Report on sanitation, dispensaries, and jails in Rajputana for 1920, and on vaccination for the year 1920-1921 - 1920-1921
Year: 1920
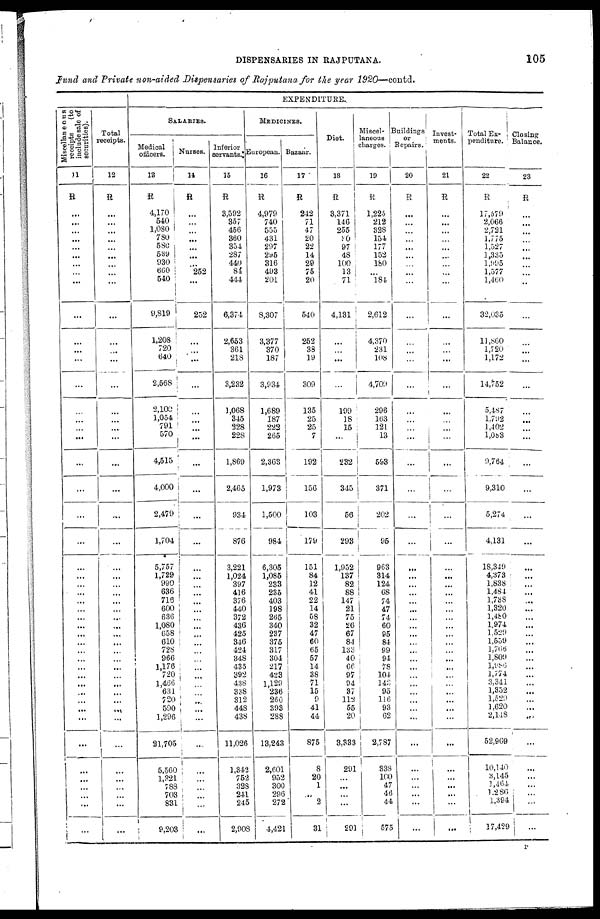
DISPENSARIES IN RAJPUTANA.
105
Fund and Private non-aided Dispensaries of Rajputana for the year 1920—contd.
Miscellaneous
receipts
(to
include sale of
securities).
11
R
...
...
...
...
...
...
...
...
...
...
...
...
...
...
...
...
...
...
...
...
...
...
...
...
...
...
...
...
...
...
...
...
...
...
...
...
...
...
...
...
...
...
...
...
...
...
...
...
Total
receipts.
12
R
...
...
...
...
...
...
...
...
...
...
...
...
...
...
...
...
...
...
...
...
...
...
...
...
...
...
...
...
...
...
...
...
...
...
...
...
...
...
...
...
...
...
...
...
...
...
...
...
EXPENDITURE.
SALARIES.
Medical
officers.
13
R
4,170
540
1,080
780
580
539
930
660
540
9,819
1,208
720
640
2,568
2,100
1,054
791
570
4,515
4,000
2,479
1,704
5,757
1,729
990
636
716
600
636
1,080
658
610
728
966
1,176
720
1,466
631
720
590
1,296
21,705
5,560
1,321
788
703
831
9,203
Nurses.
14
R
...
...
...
...
...
...
...
252
...
252
...
...
...
...
...
...
...
...
...
...
...
...
...
...
...
...
...
...
...
...
...
...
...
...
...
...
...
...
...
...
...
...
...
...
...
...
...
...
Inferior
servants
15
R
3,592
357
456
360
354
287
440
84
444
6,374
2,653
361
218
3,232
1,068
345
228
228
1,869
2,465
934
876
3,221
1,024
397
416
376
440
372
436
425
346
424
348
435
392
438
338
312
448
438
11,026
1,342
752
328
241
245
2,908
MEDICINES.
European.
16
R
4,979
740
555
431
297
295
316
493
201
8,307
3,377
370
187
3,934
1,689
187
222
265
2,363
1,973
1,500
984
6,305
1,085
233
235
403
198
265
340
237
375
317
304
217
423
1,129
236
260
393
288
13,243
2,601
952
300
296
272
4,421
Bazaar.
17
R
242
71
47
20
22
14
29
75
20
540
252
38
19
309
135
25
25
7
192
156
103
179
151
84
12
41
22
14
58
32
47
60
65
57
14
38
71
15
9
41
44
875
8
20
1
...
2
31
Diet.
13
R
3,371
146
255
30
97
48
100
13
71
4,131
...
...
...
...
199
18
15
...
232
345
56
293
1,952
137
82
88
147
21
75
26
67
84
133
40
66
97
94
37
113
55
20
3,333
291
...
...
...
...
291
Miscel-
laneous
charges.
19
R
1,225
212
328
154
177
152
180
...
184
2,612
4,370
231
108
4,709
296
163
121
13
593
371
202
95
963
314
124
68
74
47
74
60
95
84
99
94
78
104
143
95
116
93
62
2,787
338
100
47
46
44
575
Buildings
or
Repairs.
20
R
...
...
...
...
...
...
...
...
...
...
...
...
...
...
...
...
...
...
...
...
...
...
...
...
...
...
...
...
...
...
...
...
...
...
...
...
...
...
...
...
...
...
...
...
...
...
...
...
Invest-
ments.
21
R
...
...
...
...
...
...
...
...
...
...
...
...
...
...
...
...
...
...
...
...
...
...
...
...
...
...
...
...
...
...
...
...
...
...
...
...
...
...
...
...
...
...
...
...
...
...
...
...
Total Ex-
penditure.
22
R
17,579
2,066
2,721
1,775
1,527
1,335
1,995
1,577
1,460
32,035
11,860
1,720
1,172
14,752
5,487
1,792
1,402
1,083
9,764
9,310
5,274
4,131
18,349
4,373
1,838
1,484
1,738
1,320
1,480
1,974
1,529
1,559
1,766
1,809
1,986
1,774
3,341
1,352
1,529
1,620
2,148
52,969
10,140
3,145
1,464
1,286
1,394
17,429
Closing
Balance.
23
R
...
...
...
...
...
...
...
...
...
...
...
...
...
...
...
...
...
...
...
...
...
...
...
...
...
...
...
...
...
...
...
...
...
...
...
...
...
...
...
...
...
...
...
...
...
...
...
...
P